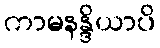
ကာမနန္ဒိယာပိ